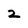
Character: 2